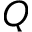
Q